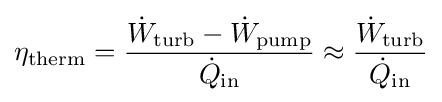
\eta _{\text{therm}}={\frac {{\dot {W}}_{\text{turb}}-{\dot {W}}_{\text{pump}}}{{\dot {Q}}_{\text{in}}}}\approx {\frac {{\dot {W}}_{\text{turb}}}{{\dot {Q}}_{\text{in}}}}